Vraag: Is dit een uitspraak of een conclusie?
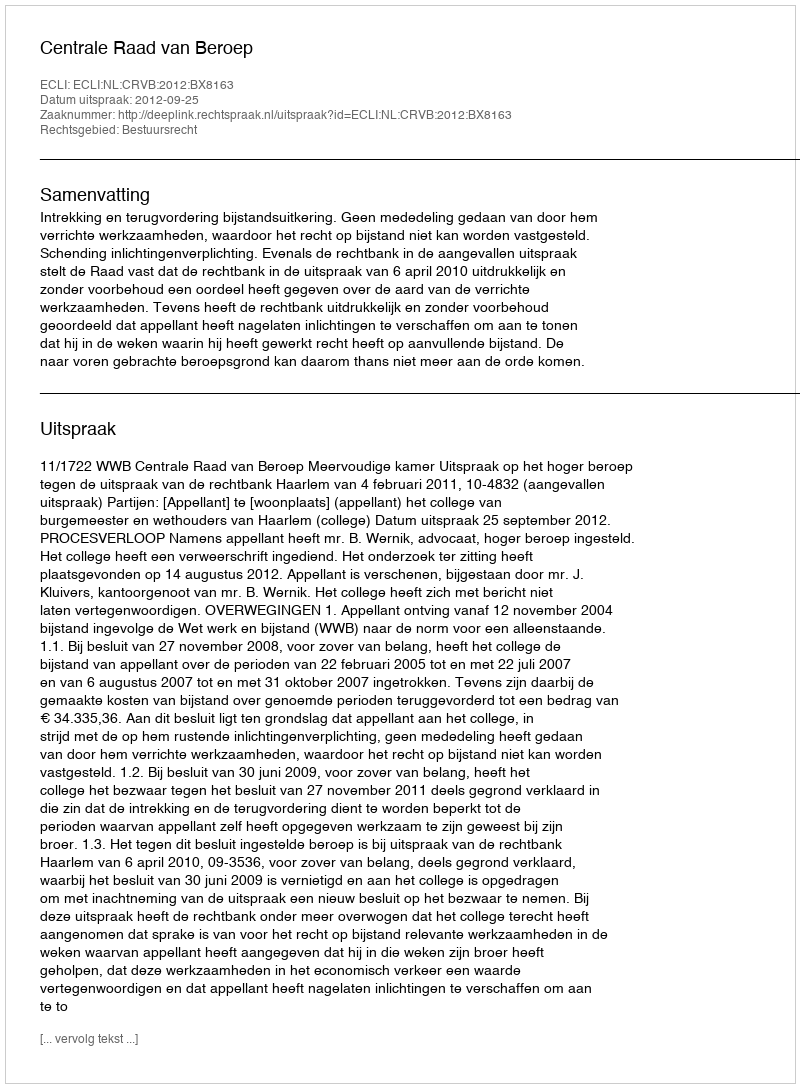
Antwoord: Uitspraak